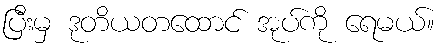
ပြီးမှ ဒုတိယတထောင် အုပ်ကို ရေမယ်။